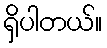
ရှိပါတယ်။